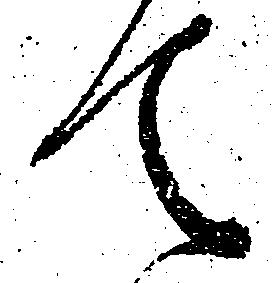
て